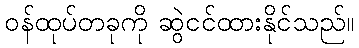
ဝန်ထုပ်တခုကို ဆွဲငင်ထားနိုင်သည်။